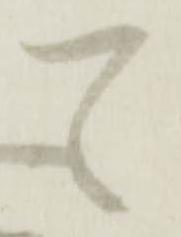
て